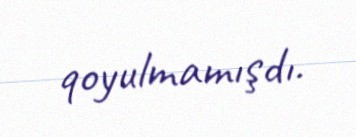
qoyulmamışdı.